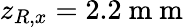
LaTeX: z_{R,x}=2.2\mathrm{~m~m~}